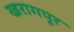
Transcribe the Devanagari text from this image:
खरागपूर